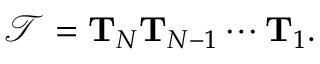
\mathcal { T } = \mathbf { T } _ { N } \mathbf { T } _ { N - 1 } \cdots \mathbf { T } _ { 1 } .